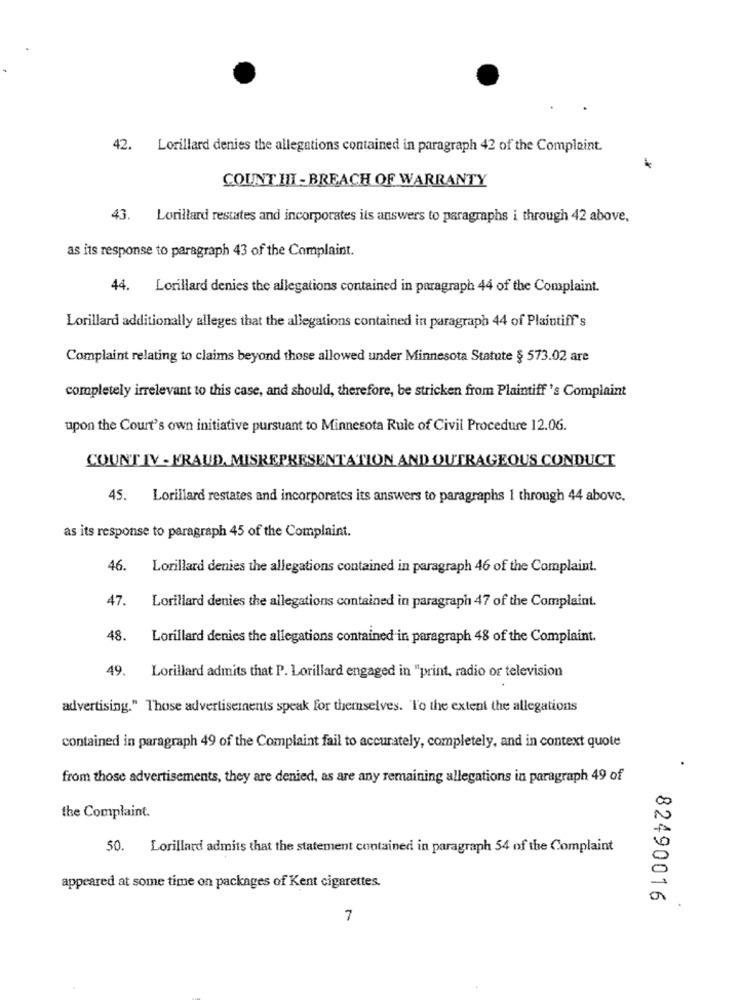
42. Lorillard denies the allegations contained in paragraph 42 of the Complaint.
COUNT HI - BREACH OF WARRANTY
43. Lorillard restates and incorporates its answers to paragraphs i through 42 above,
as its response to paragraph 43 of the Complaint.
44. Lorillard denies the allegations contained in paragraph 44 of the Complaint.
Lorillard additionally alleges that the allegations contained in paragraph 44 of Plaintiff's
Complaint relating to claims beyond those allowed under Minnesota Statute § 573.02 are
completely irrelevant to this case, and should, therefore, be stricken from Plaintiff 's Complaint
upon the Court's own initiative pursuant to Minnesota Rule of Civil Procedure 12.06.
COUNT IV - FRAUD, MISREPRESENTATION AND OUTRAGEOUS CONDUCT
45.
Lorillard restates and incorporates its answers to paragraphs 1 through 44 above.
as its response to paragraph 45 of the Complaint.
46.
Lorillard denies the allegations contained in paragraph 46 of the Complaint.
47.
Lorillard denies the allegations contained in paragraph 47 of the Complaint.
48.
Lorillard denies the allegations contained in paragraph 48 of the Complaint.
49.
Lorillard admits that P. Lorillard engaged in "print, radio or television
advertising." Those advertisements speak for themselves. To the extent the allegations
contained in paragraph 49 of the Complaint fail to accurately, completely, and in context quote
from those advertisements, they are denied, as are any remaining allegations in paragraph 49 of
the Complaint.
50. Lorillard admits that the statement contained in paragraph 54 of the Complaint
appeared at some time on packages of Kent cigarettes.
82490016
7